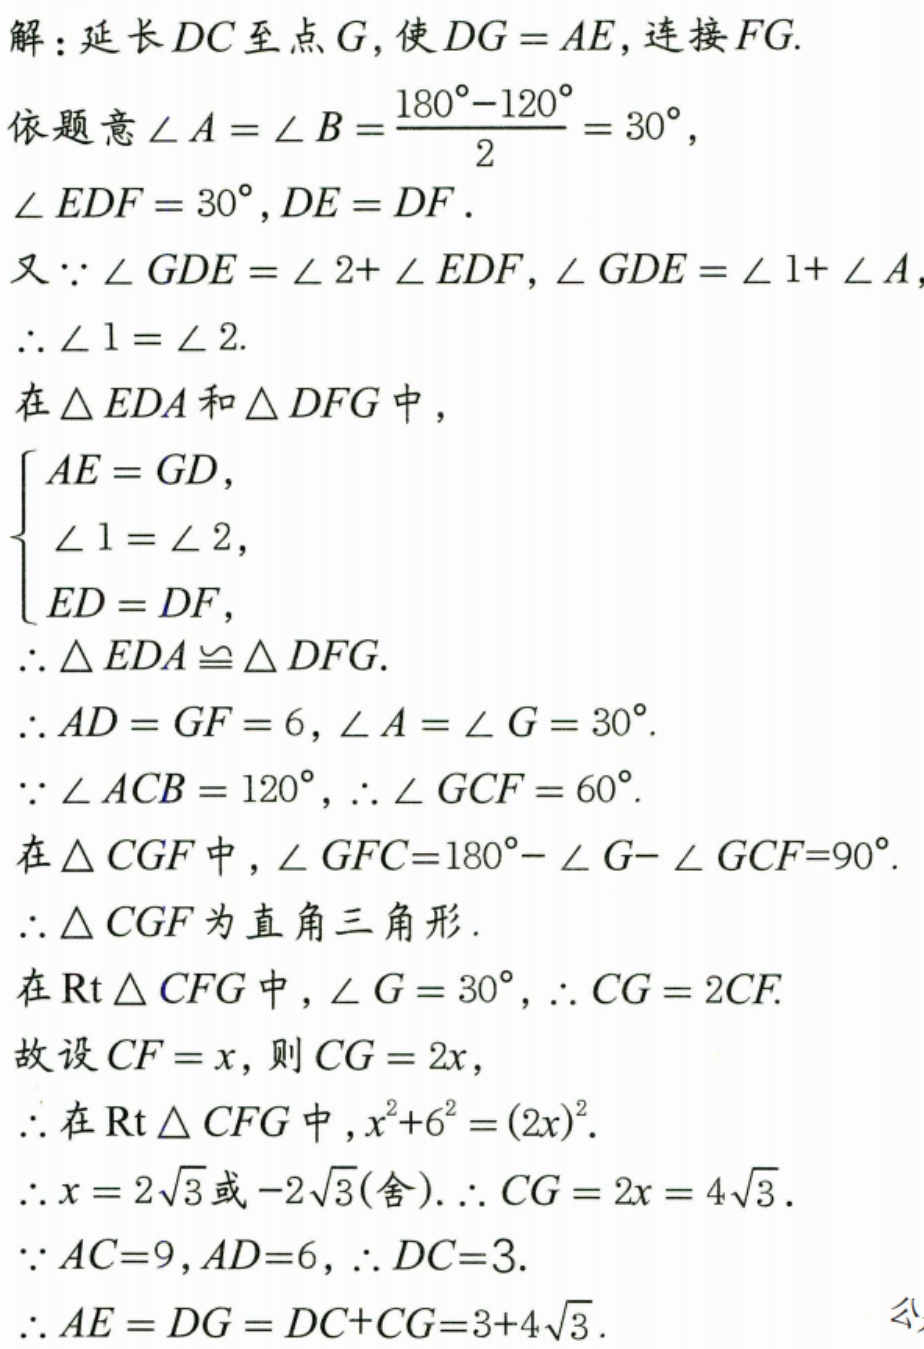
解：延长 \(DC\)至点 \(G\)，使 \(DG = AE\)，连接 \(FG\).
依题意\(\angle A=\angle B=\frac{180^{\circ}-120^{\circ}}{2}=30^{\circ}\)，
\(\angle EDF = 30^{\circ},DE = DF\).
又\(\because\angle GDE=\angle 2+\angle EDF,\angle GDE=\angle 1+\angle A\)，
\(\therefore\angle 1=\angle 2\).
在\(\triangle EDA\)和\(\triangle DFG\)中，
\(\begin{cases}
AE = GD,\\
\angle 1=\angle 2,\\
ED = DF,
\end{cases}\)
\(\therefore\triangle EDA\cong\triangle DFG\).
\(\therefore AD = GF = 6,\angle A=\angle G = 30^{\circ}\).
\(\because\angle ACB = 120^{\circ},\therefore\angle GCF = 60^{\circ}\).
在\(\triangle CGF\)中，\(\angle GFC = 180^{\circ}-\angle G-\angle GCF = 90^{\circ}\).
\(\therefore\triangle CGF\)为直角三角形.
在\(\text{Rt}\triangle CFG\)中，\(\angle G = 30^{\circ},\therefore CG = 2CF\).
故设\(CF = x\)，则\(CG = 2x\)，
\(\therefore\)在\(\text{Rt}\triangle CFG\)中，\(x^{2}+6^{2}=(2x)^{2}\).
\(\therefore x = 2\sqrt{3}\)或\(-2\sqrt{3}(\text{舍}).\therefore CG = 2x = 4\sqrt{3}\).
\(\because AC = 9,AD = 6,\therefore DC = 3\).
\(\therefore AE = DG = DC + CG=3 + 4\sqrt{3}\).